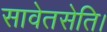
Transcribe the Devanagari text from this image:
सावेतसेति।